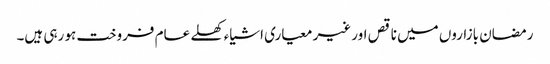
رمضان بازاروں میں ناقص اور غیر معیاری اشیاء کھلے عام فروخت ہو رہی ہیں۔